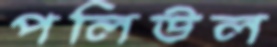
পলিউল